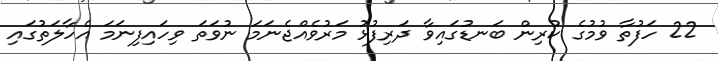
22 ހަފުތާ ވުމުގެ ކުރިން ބަނޑުގައިވާ ދަރިފުޅު މަރުވެއްޖެނަމަ ނުވަތަ ވިހައިފިނަމަ އެހާލަތުގައި